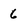
Character: 6